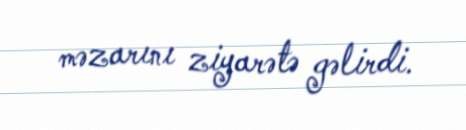
məzarını ziyarətə gəlirdi.